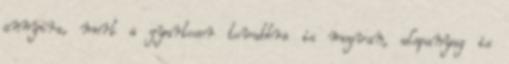
annyira, mert a gyartosor tovabbra is megvan, alapanyag is